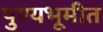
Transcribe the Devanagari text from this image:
पुण्यभूमीत